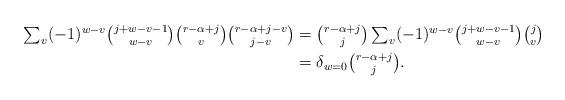
LaTeX: \begin{align*}\textstyle \sum_v(-1)^{w-v} {j+w-v-1\choose w-v} {r-\alpha+j\choose v} {r-\alpha+j-v \choose j-v} & \textstyle = {r-\alpha+j\choose j} \sum_v(-1)^{w-v} {j+w-v-1\choose w-v} {j \choose v} \\ & \textstyle = \delta_{w = 0} {r-\alpha+j\choose j}.\end{align*}